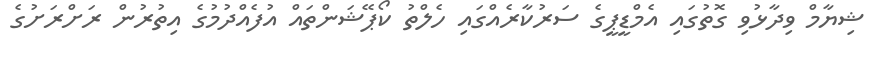
ޝިޔާމް ވިދާޅުވި ގޮތުގައި އެމްޑީޕީގެ ސަރުކާރެއްގައި ހެލްތު ކޯޕޭޝަންތައް އުފެއްދުމުގެ އިތުރުން ރަށްރަށުގެ